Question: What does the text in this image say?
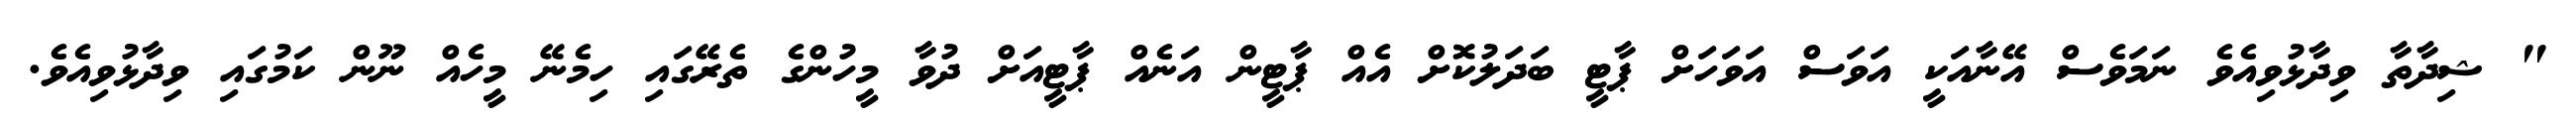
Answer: " ޝިދާތާ ވިދާޅުވިއެވެ ނަމަވެސް އޭނާއަކީ އަވަސް އަވަހަށް ޕާޓީ ބަދަލުކޮށް އެއް ޕާޓީން އަނެއް ޕާޓީއަށް ދުވާ މީހުންގެ ތެރޭގައި ހިމެނޭ މީހެއް ނޫން ކަމުގައި ވިދާޅުވިއެވެ.